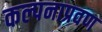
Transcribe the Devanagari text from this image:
कल्पनाप्रवण